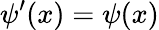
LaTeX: \psi^{\prime}(x)=\psi(x)